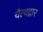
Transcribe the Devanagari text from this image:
चैत्यद्वार